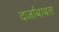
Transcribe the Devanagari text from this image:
दर्जाबाबत